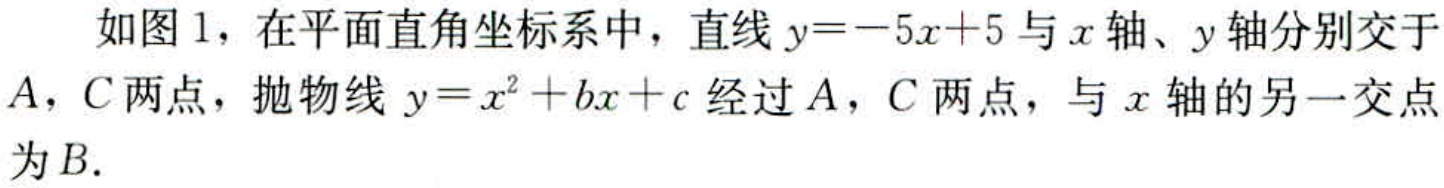
如图1，在平面直角坐标系中，直线\(y = - 5x + 5\)与\(x\)轴、\(y\)轴分别交于\(A\)，\(C\)两点，抛物线\(y = x^{2}+bx + c\)经过\(A\)，\(C\)两点，与\(x\)轴的另一交点为\(B\).